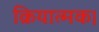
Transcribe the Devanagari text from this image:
क्रियात्मक।